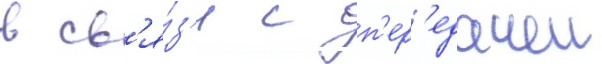
в св'я́з'и с п'ер'едачеи